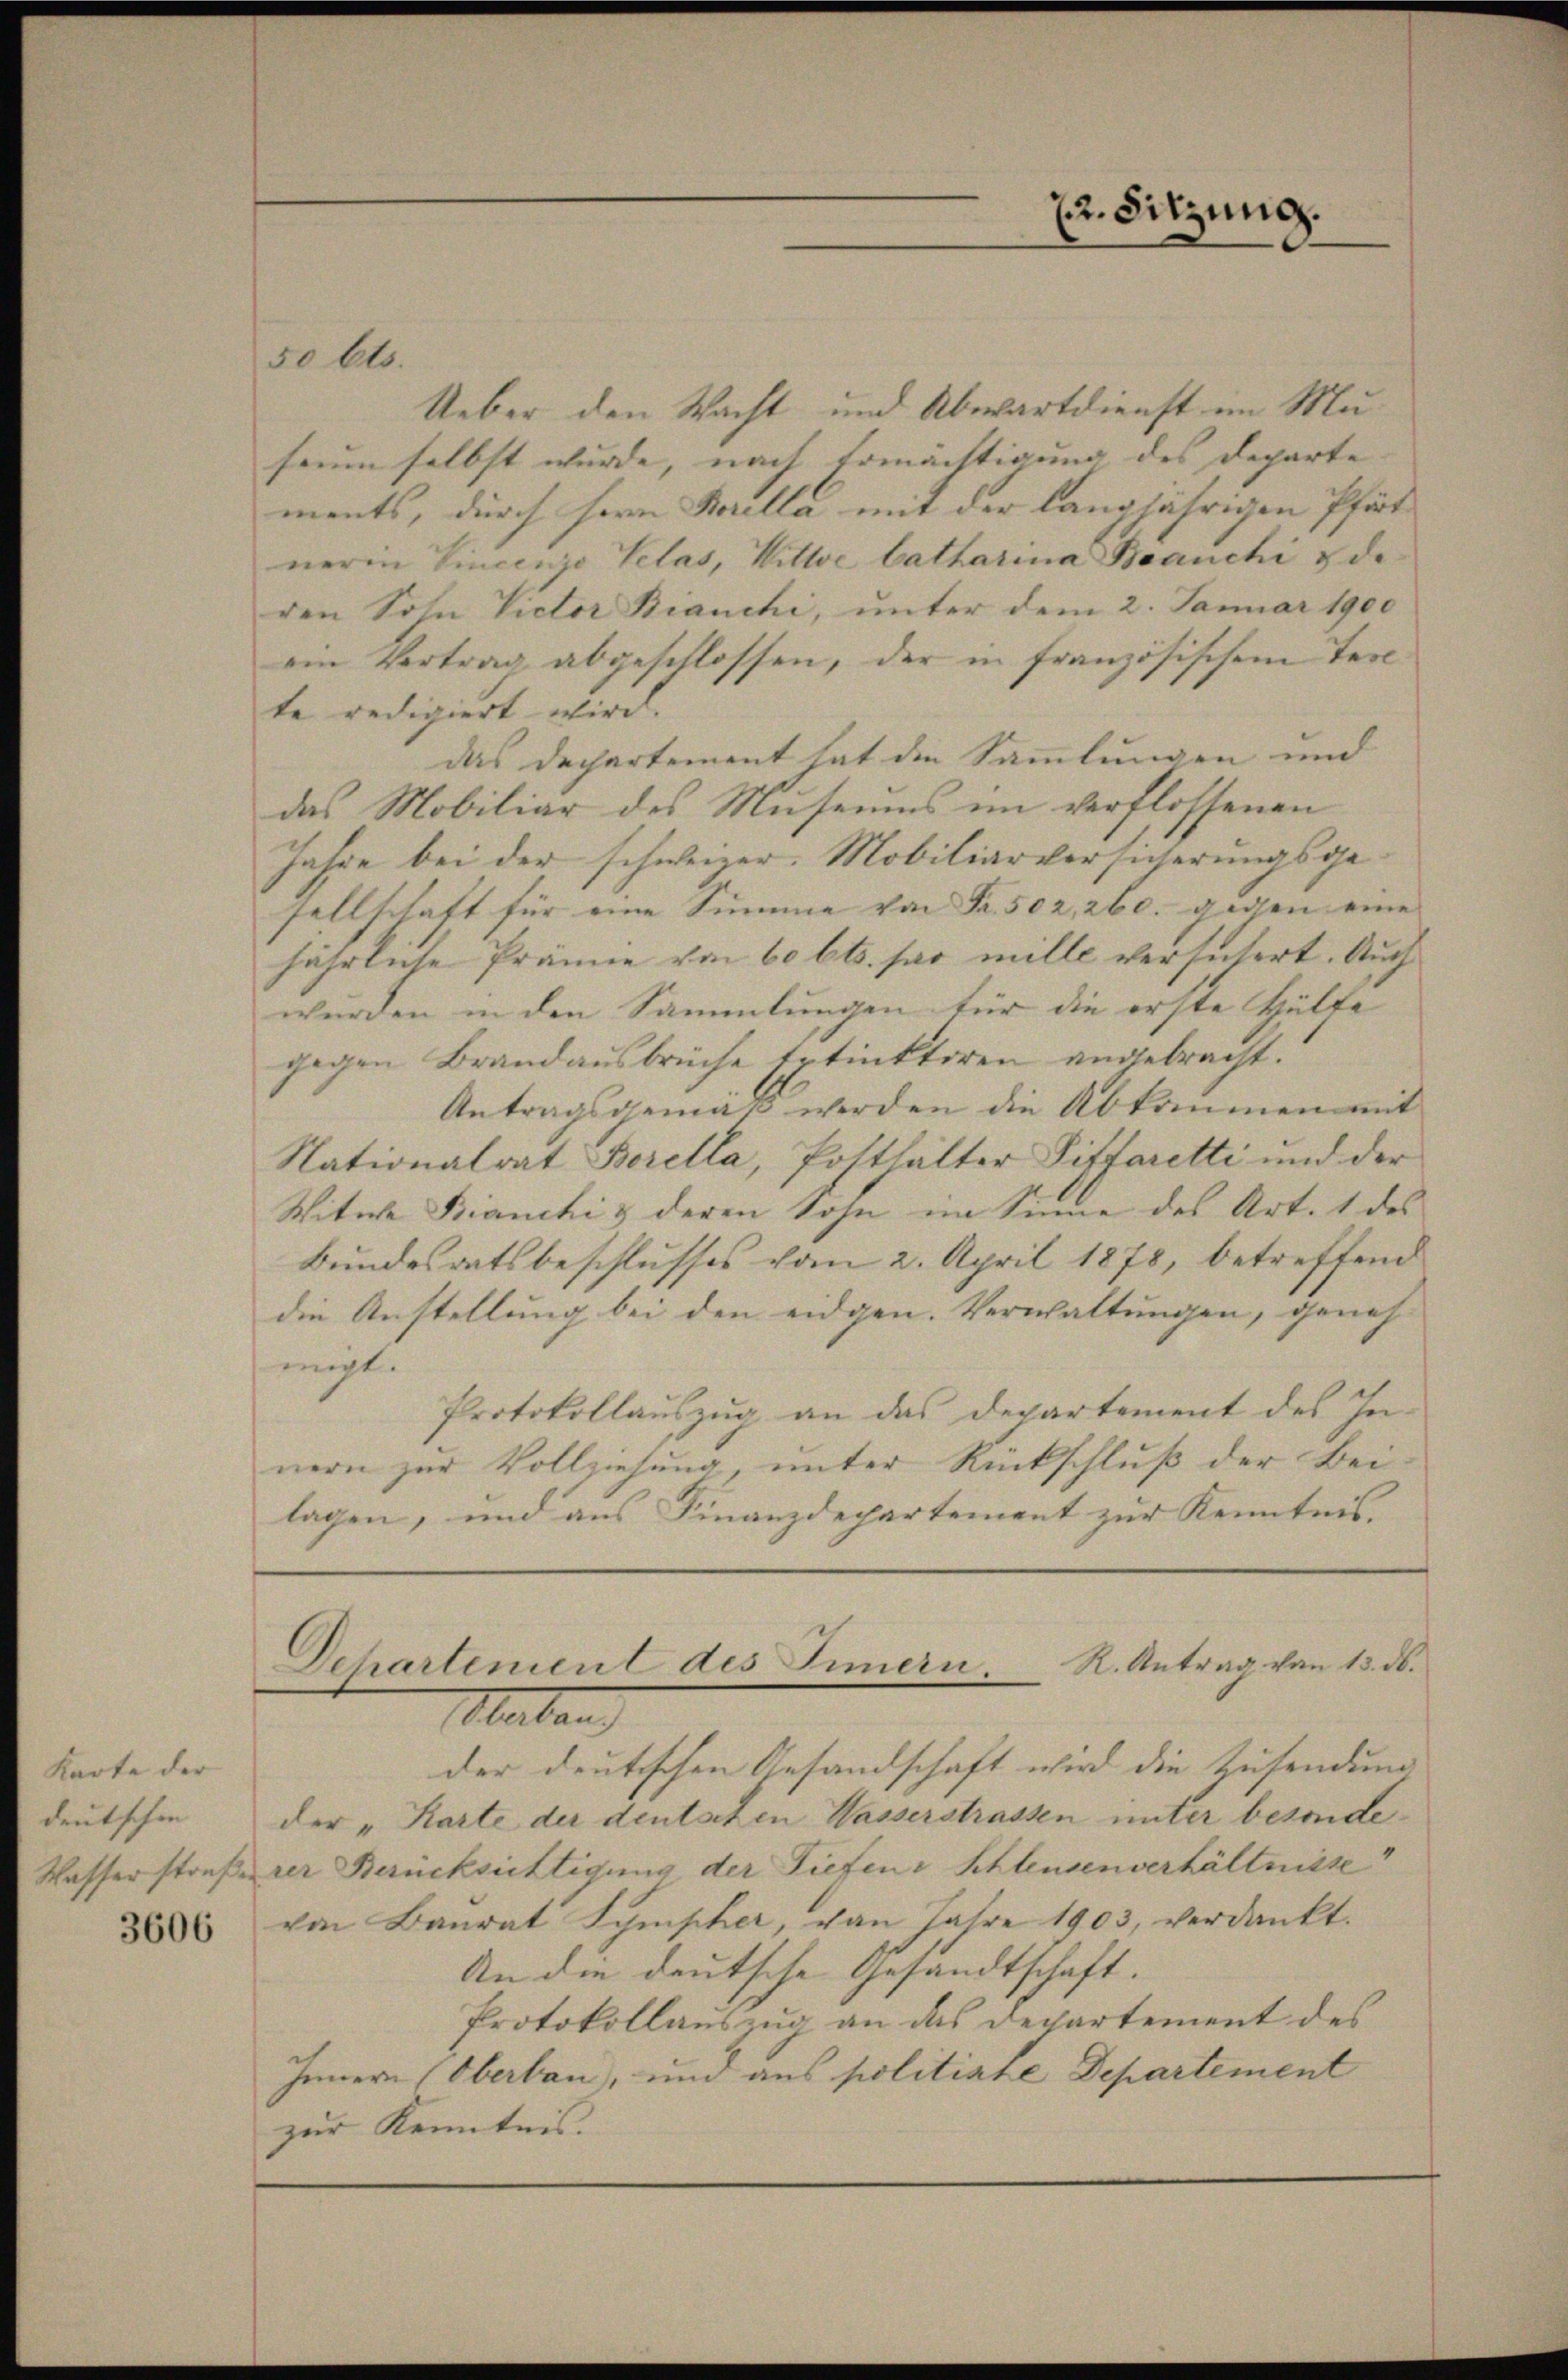
Karte der
deutschen
Waffer straßen

3606

50 Cts.
Ueber den Wacht und Abwartdienst im Museum selbst wurde, nach Ermächtigung des Departe
ments, durch fern Korella mit der langjährigen Pfarnerin Eincenzo Telas, Wittwe Catharina Beanchi & de
den Sohn Victor Bianchi, unter dem 2. Januar 1900
ein Vertrag abgeschlossen, der in französischem Tesete redigiert wird.
das Dechartement hat die Sammlungen und
das Mobiliar des Museums im verflossenen
Jahre bei der schweizer. Mobiliarversicherungsgesellschaft für eine Summe von Fr. 502, 260. gegen eine |
jährliche Prämie von 60 Cts. so mille versuchert. Auch
wurden in den Sammlungen für die erste Hülfe
gegen Brandausbrüche totinktiren angebracht.
Antragsgemäß werden die Abkommen mit
Nationalrat Borella, Potthalter Sittaretti und der
Witwe Bianchi & deren Sohn im Sinne des Art. 1 des
Bundesratsbeschlusses vom 2. April 1878, betreffend
die Anstellung bei den eidgen. Verwaltungen, geneh-
migt.
Protokollauszug an das Departement des In-
nern zur Vollziehung, unter Rückschluß der Bei-
lagen, und aus Finanzdepartement zur Kenntnis.

der deutischen Gesandschaft wird die Zusendung |
der „Karte der deutschen Wasserstrassen unter besonderer Berücksichtigung der Tiefene Schleusenverhältnisse
von Baurat Sympher, von Jahre 1903, verdankt.
An die deutsche Gesandtschaft.
Protokollauszug an das Departement des
Innern (Oberbau, und aus politiate Departement
zur Kenntnis.

22. Sitzung.

Dchartement des Innern R. Antrag von 13. ds.
Mlatan